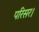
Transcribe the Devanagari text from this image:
परिसर।